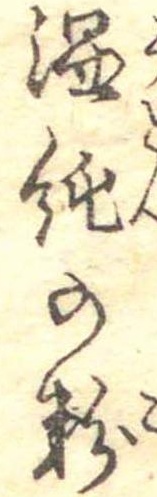
温飩の粉